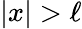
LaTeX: |x|>\ell